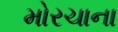
મોરચાના